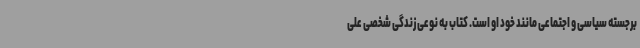
برجسته سیاسی و اجتماعی مانند خود او است. کتاب به نوعی زندگی شخصی علی‌